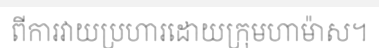
ពីការវាយប្រហារដោយក្រុមហាម៉ាស។